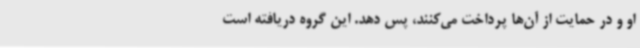
او و در حمایت از آن‌ها پرداخت می‌کنند، پس دهد. این گروه دریافته است